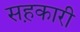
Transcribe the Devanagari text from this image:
सह़कारी